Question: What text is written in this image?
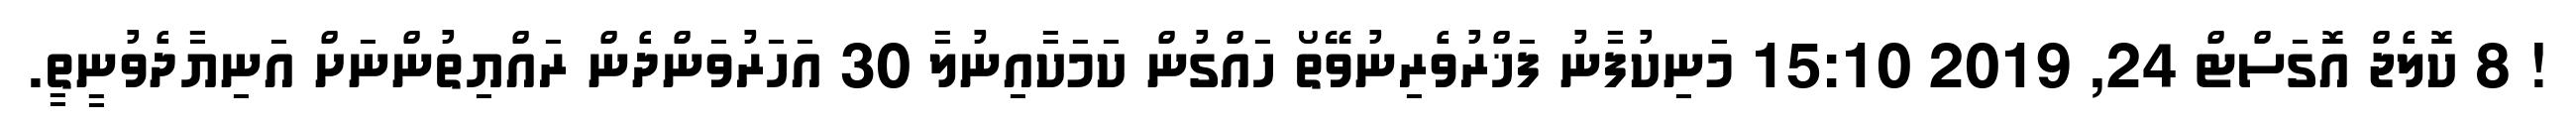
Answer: ! 8 ކޮލެޖް އޮގަސްޓް 24, 2019 15:10 މަނިކުފާނު ފަޚްރުވެރިނުވޭތޯ ހައްގުން ކަމަކާއިނުލާ 30 އަހަރުވަންދެން ރައްޔިތުންނަށް އަނިޔާދެވުނީތީ.